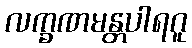
လက္ခဏမန္တပါရဂူ